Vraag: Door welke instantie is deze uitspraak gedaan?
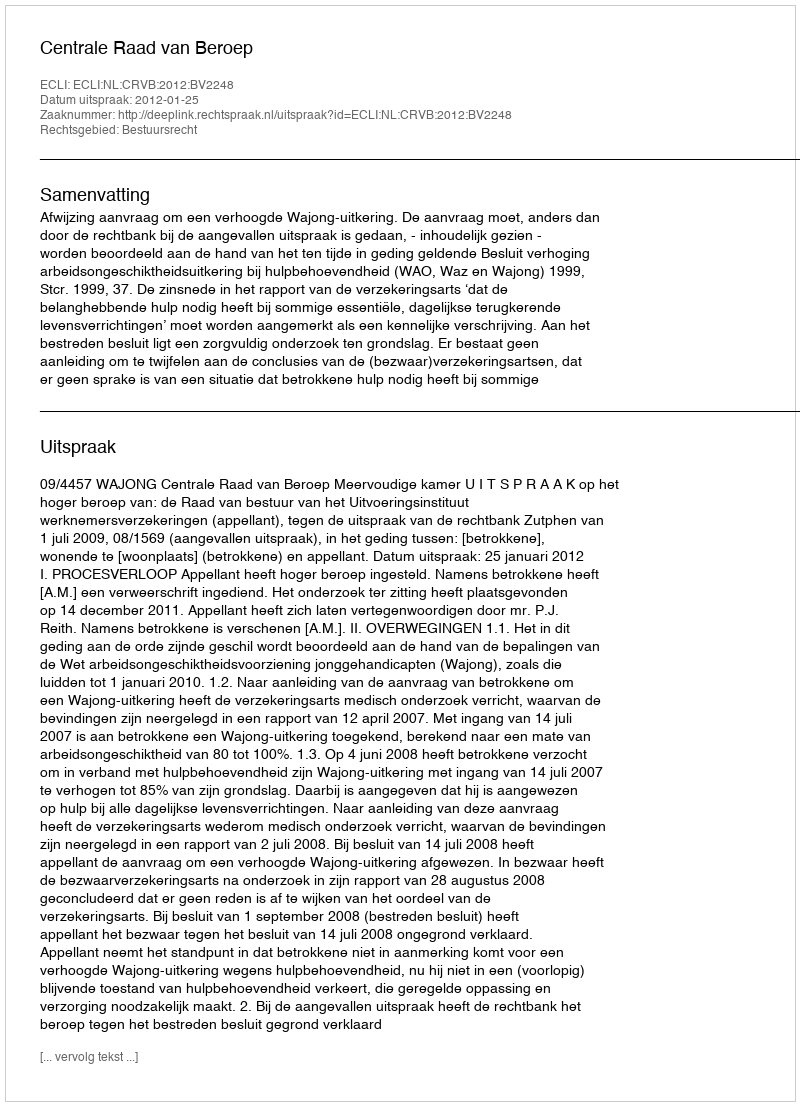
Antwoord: Centrale Raad van Beroep